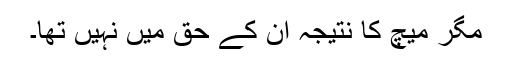
مگر میچ کا نتیجہ ان کے حق میں نہیں تھا۔